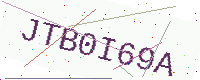
Text: JTB0I69A